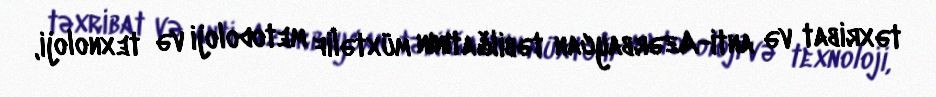
təxribat və anti-Azərbaycan təbilğatının müxtəlif metodoloji və texnoloji,